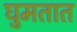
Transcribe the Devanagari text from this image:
घुमतात